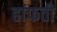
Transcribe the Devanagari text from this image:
हांफती